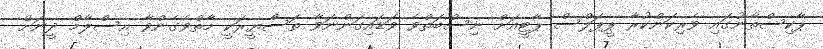
ޕާކިސްތާނުގައި ވެރިކަންކުރާ ޕީޕަލްސް ޕާޓީއަށް ނިސްބަތްވެ ވަޑައިގަންނަވާ ތަސްޔީރަކީ މާތްވެގެންވާ އިސްލާމް ދީނަށް